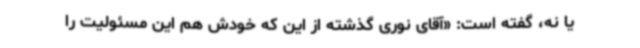
یا نه، گفته است: «آقای نوری گذشته از این که خودش هم این مسئولیت را